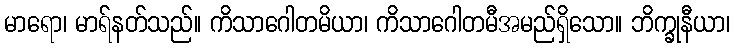
မာရော၊ မာရ်နတ်သည်။ ကိသာဂေါတမိယာ၊ ကိသာဂေါတမီအမည်ရှိသော။ ဘိက္ခုနီယာ၊